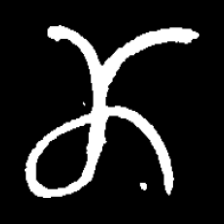
Pyu character \u2014 Myanmar letter: ဏ (romanized: nna)